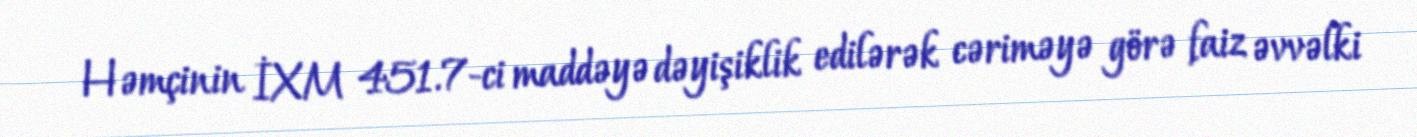
Həmçinin İXM 451.7-ci maddəyə dəyişiklik edilərək cəriməyə görə faiz əvvəlki